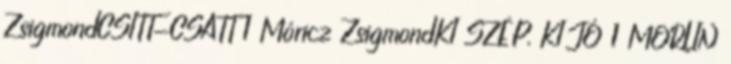
ZsigmondCSITT-CSATT 1 Móricz ZsigmondKI SZÉP, KI JÓ 1 MORLIN